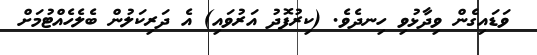
ވަޑައިގެން ވިދާޅުވި ހިނދެވެ. (ކިރުފޮދު އަރުވައި) އެ ދަރިކަލުން ބެލެހެއްޓުމަށް